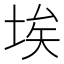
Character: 埃